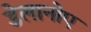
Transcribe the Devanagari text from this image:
डेलानोए